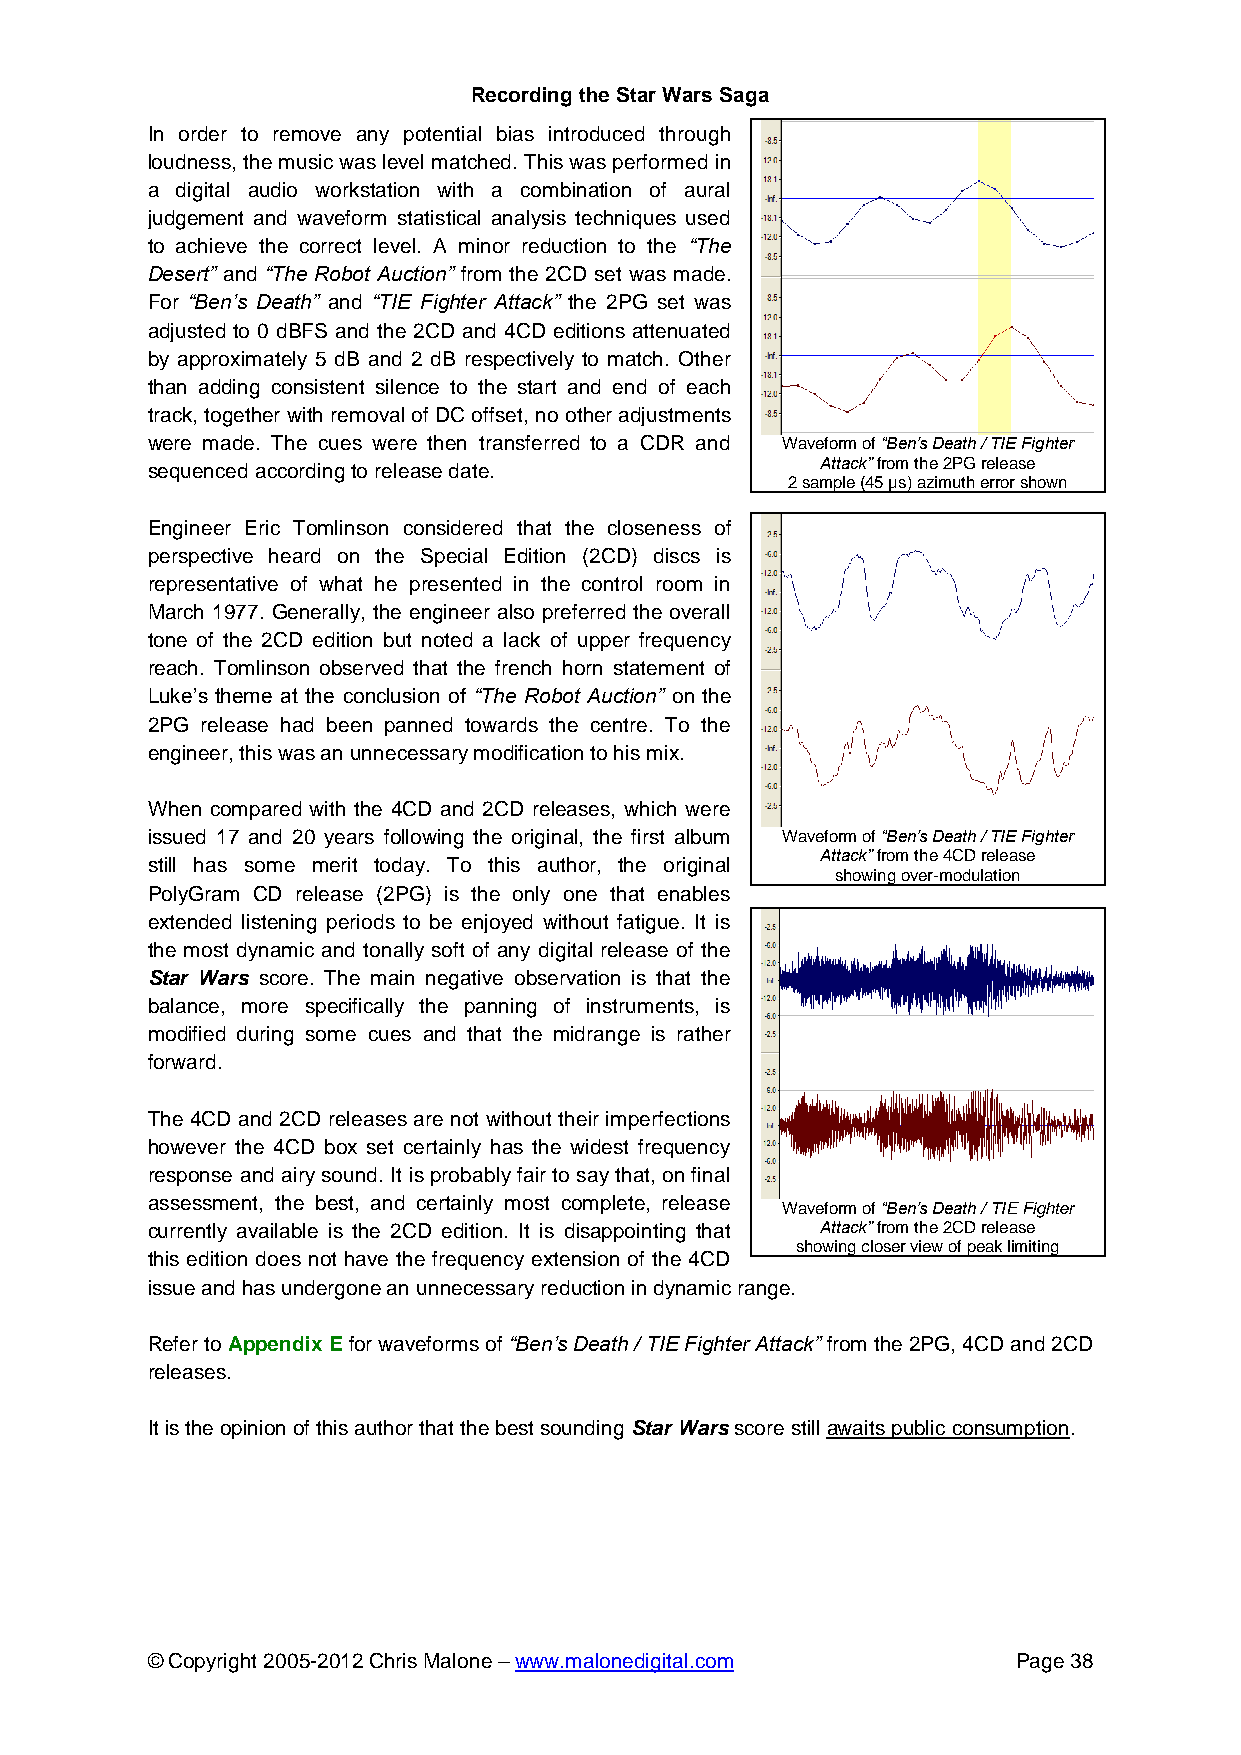
Recording the Star Wars Saga
 In order to remove any potential bias introduced through
 loudness, the music was level matched. This was performed in
 a digital audio workstation with a combination of aural
 judgement and waveform statistical analysis techniques used
 to achieve the correct level. A minor reduction to the “The
 Desert” and “The Robot Auction” from the 2CD set was made.
 For “Ben’s Death” and “TIE Fighter Attack” the 2PG set was
 adjusted to 0 dBFS and the 2CD and 4CD editions attenuated
 by approximately 5 dB and 2 dB respectively to match. Other
 than adding consistent silence to the start and end of each
 track, together with removal of DC offset, no other adjustments
 were made. The cues were then transferred to a CDR and Waveform of “Ben’s Death / TIE Fighter
 Attack” from the 2PG release
 sequenced according to release date.
 2 sample (45 µs) azimuth error shown
 Engineer Eric Tomlinson considered that the closeness of
 perspective heard on the Special Edition (2CD) discs is
 representative of what he presented in the control room in
 March 1977. Generally, the engineer also preferred the overall
 tone of the 2CD edition but noted a lack of upper frequency
 reach. Tomlinson observed that the french horn statement of
 Luke’s theme at the conclusion of “The Robot Auction” on the
 2PG release had been panned towards the centre. To the
 engineer, this was an unnecessary modification to his mix.
 When compared with the 4CD and 2CD releases, which were
 issued 17 and 20 years following the original, the first album Waveform of “Ben’s Death / TIE Fighter
 Attack” from the 4CD release
 still has some merit today. To this author, the original
 showing over-modulation
 PolyGram CD release (2PG) is the only one that enables
 extended listening periods to be enjoyed without fatigue. It is
 the most dynamic and tonally soft of any digital release of the
 Star Wars score. The main negative observation is that the
 balance, more specifically the panning of instruments, is
 modified during some cues and that the midrange is rather
 forward.
 The 4CD and 2CD releases are not without their imperfections
 however the 4CD box set certainly has the widest frequency
 response and airy sound. It is probably fair to say that, on final
 assessment, the best, and certainly most complete, release
 Waveform of “Ben’s Death / TIE Fighter
 currently available is the 2CD edition. It is disappointing that Attack” from the 2CD release
 showing closer view of peak limiting
 this edition does not have the frequency extension of the 4CD
 issue and has undergone an unnecessary reduction in dynamic range.
 Refer to Appendix E for waveforms of “Ben’s Death / TIE Fighter Attack” from the 2PG, 4CD and 2CD
 releases.
 It is the opinion of this author that the best sounding Star Wars score still awaits public consumption.
 © Copyright 2005-2012 Chris Malone – www.malonedigital.com Page 38